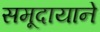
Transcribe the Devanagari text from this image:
समूदायाने